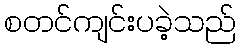
စတင်ကျင်းပခဲ့သည်